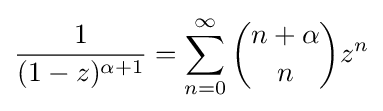
{\frac {1}{(1-z)^{\alpha +1}}}=\sum _{n=0}^{\infty }{n+\alpha  \choose n}z^{n}